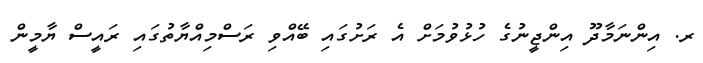
ރ. އިންނަމާދޫ އިންޖީނުގެ ހުޅުވުމަށް އެ ރަށުގައި ބޭއްވި ރަސްމިއްޔާތުގައި ރައީސް ޔާމީން